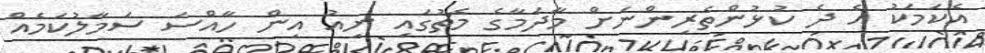
އެކަމަކު އެ ދެ ކުޅުންތެރިންނަށް މާދަމާގެ މެޗުގައި ނިއު އިން ހާއްސަ ސަމާލުކަމެއް